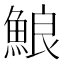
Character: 𩷕